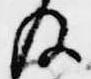
及